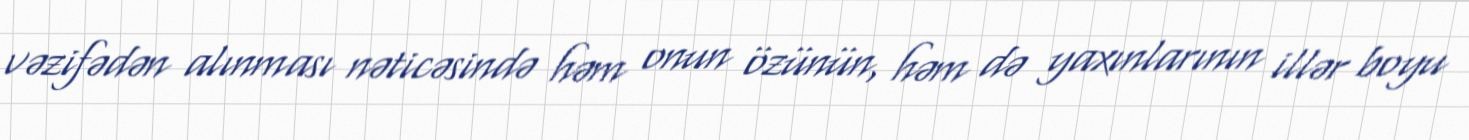
vəzifədən alınması nəticəsində həm onun özünün, həm də yaxınlarının illər boyu